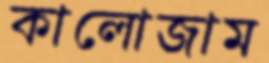
কালোজাম